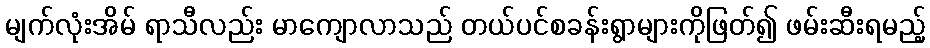
မျက်လုံးအိမ် ရာသီလည်း မာကျောလာသည် တယ်ပင်စခန်းရွာများကိုဖြတ်၍ ဖမ်းဆီးရမည့်